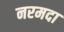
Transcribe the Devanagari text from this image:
नरमदा